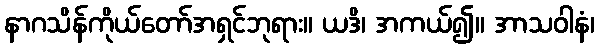
နာဂသိန်ကိုယ်တော်အရှင်ဘုရား။ ယဒိ၊ အကယ်၍။ အာသဝါနံ၊